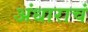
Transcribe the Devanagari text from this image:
अंधाराचं